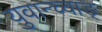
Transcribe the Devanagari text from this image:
युवान्च्वाङ्